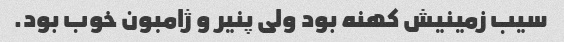
سیب زمینیش کهنه بود ولی پنیر و ژامبون خوب بود.